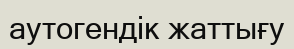
аутогендік жаттығу